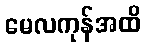
မေလကုန်အထိ